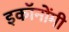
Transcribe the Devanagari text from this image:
इकॉनोंमी